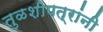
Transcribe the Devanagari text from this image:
तुळशीपत्रांनी